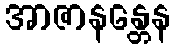
အာဇာနန္တေန